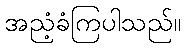
အညံ့ခံကြပါသည်။